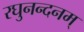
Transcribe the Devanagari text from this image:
रघुनन्दनम्‌